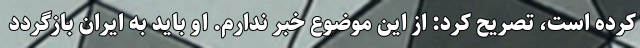
کرده است، تصریح کرد: از این موضوع خبر ندارم. او باید به ایران بازگردد